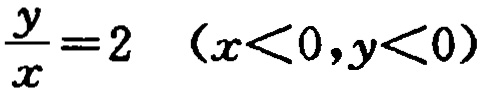
$\frac{y}{x}=2\ \ (x<0,y<0)$